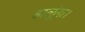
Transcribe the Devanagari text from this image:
डालूंगा।